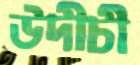
উদীচী